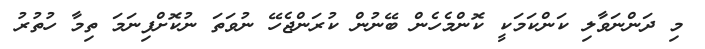
މި ދަންނަވާލި ކަންކަމަކީ ކޮންމެހެން ބޭނުން ކުރަންޖެހޭ ނުވަތަ ނުކޮށްފިނަމަ ތިމާ ހުތުރު